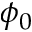
\phi _ { 0 }